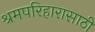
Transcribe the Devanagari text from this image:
श्रमपरिहारासाठी